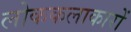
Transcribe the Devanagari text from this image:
लोककलाकारों